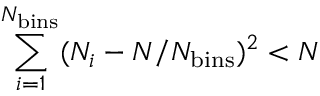
\sum _ { i = 1 } ^ { N _ { \mathrm { b i n s } } } ( N _ { i } - N / N _ { \mathrm { b i n s } } ) ^ { 2 } < N